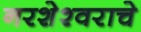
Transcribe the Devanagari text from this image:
नरशेश्‍वराचे